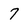
Character: 7